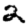
Digit: 2